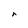
Character: r